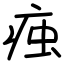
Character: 痋